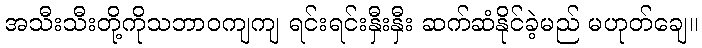
အသီးသီးတို့ကိုသဘာဝကျကျ ရင်းရင်းနှီးနှီး ဆက်ဆံနိုင်ခဲ့မည် မဟုတ်ချေ။